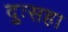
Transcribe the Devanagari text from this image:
दुःसहा